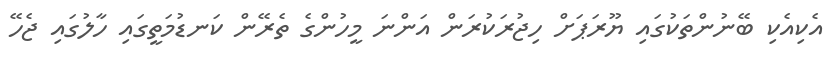
އެކިއެކި ބޭނުންތަކުގައި ޔޫރަޕަށް ހިޖުރަކުރަން އަންނަ މީހުންގެ ތެރޭން ކަނޑުމަތީގައި ހާލުގައި ޖެހޭ